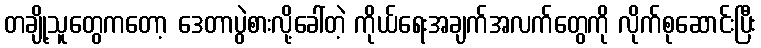
တချို့သူတွေကတော့ ဒေတာပွဲစားလို့ခေါ်တဲ့ ကိုယ်ရေးအချက်အလက်တွေကို လိုက်စုဆောင်းပြီး